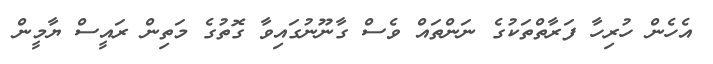
އެހެން ހުރިހާ ފަރާތްތަކުގެ ނަންތައް ވެސް ގާނޫނުގައިވާ ގޮތުގެ މަތިން ރައީސް ޔާމީން